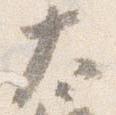
大